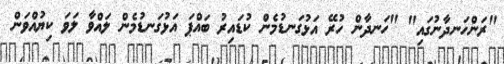
"ރަންހަނދާނުގައި" "ހަނދާން ހުރޭ އަޅުގަނޑުމެން ކުޑައިރު ބައްޕަ އަޅުގަނޑުމެންް ލައްވާ ލަވަ ކިޔުއްވަން